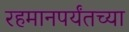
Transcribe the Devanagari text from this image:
रहमानपर्यंतच्या